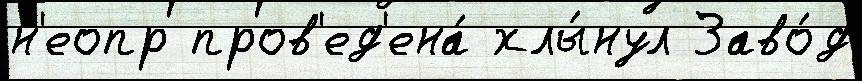
н'еопр пров'ед'ена́ хлы́нул Заво́д